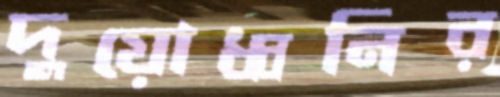
দুয়োধ্বনির